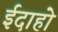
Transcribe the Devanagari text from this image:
ईदाहो